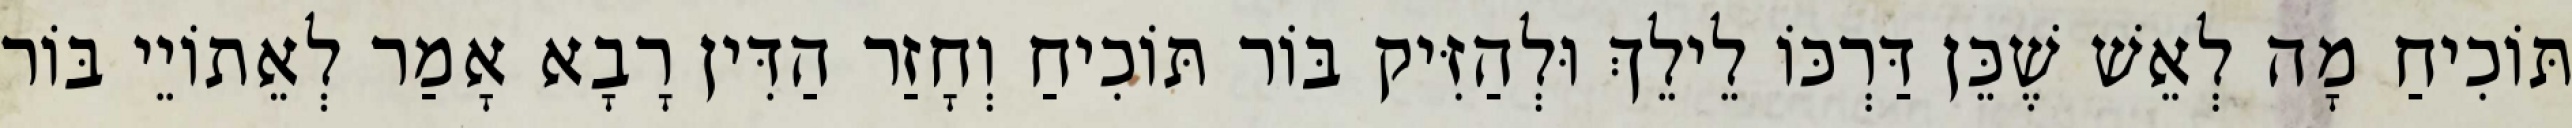
תּוֹכִיחַ מָה לְאֵשׁ שֶׁכֵּן דַּרְכּוֹ לֵילֵךְ וּלְהַזִּיק בּוֹר תּוֹכִיחַ וְחָזַר הַדִּין רָבָא אָמַר לְאֵתוֹיֵי בּוֹר